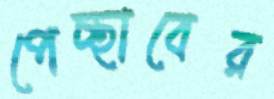
পেচ্ছাবের